Civil Veterinary Department. Central Provinces & Berar 1925-31 - 1925-1931
Year: 1925
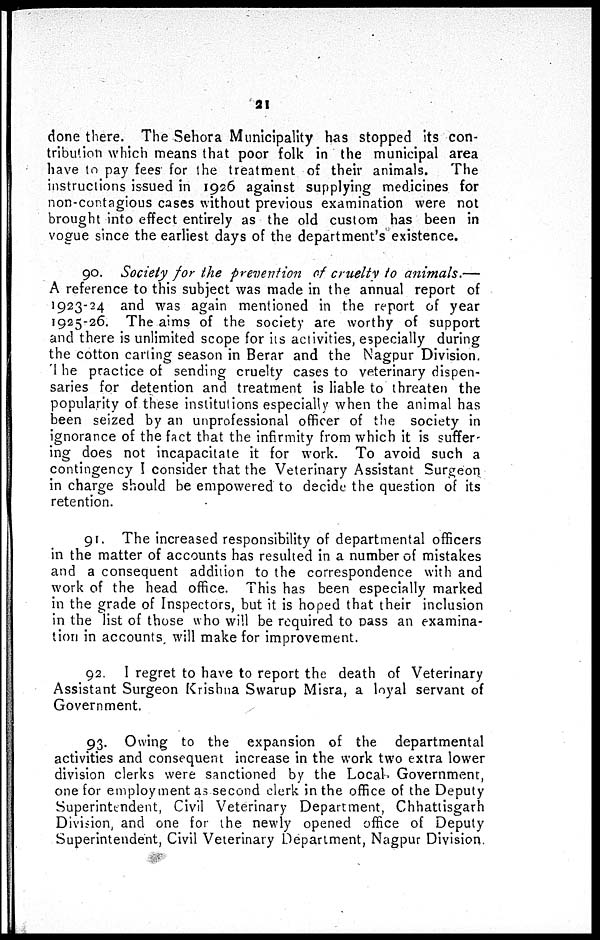
21
done there. The Sehora Municipality has stopped its con-
tribution which means that poor folk in the municipal area
have to pay fees' for the treatment of their animals. The
instructions issued in 1926 against supplying medicines for
non-contagious cases without previous examination were not
brought into effect entirely as the old custom has been in
vogue since the earliest days of the department's existence.
90. Society for the prevention of cruelty to animals.—
A reference to this subject was made in the annual report of
1923-24 and was again mentioned in the report of year
1925-26. The aims of the society are worthy of support
and there is unlimited scope for its activities, especially during
the cotton carting season in Berar and the Nagpur Division.
The practice of sending cruelty cases to veterinary dispen-
saries for detention and treatment is liable to threaten the
popularity of these institutions especially when the animal has
been seized by an unprofessional officer of the society in
ignorance of the fact that the infirmity from which it is suffer-
ing does not incapacitate it for work. To avoid such a
contingency I consider that the Veterinary Assistant Surgeon
in charge should be empowered to decide the question of its
retention.
91. The increased responsibility of departmental officers
in the matter of accounts has resulted in a number of mistakes
and a consequent addition to the correspondence with and
work of the head office. This has been especially marked
in the grade of Inspectors, but it is hoped that their inclusion
in the list of those who will be required to pass an examina-
tion in accounts will make for improvement.
92. I regret to have to report the death of Veterinary
Assistant Surgeon Krishna Swarup Misra, a loyal servant of
Government.
93. Owing to the expansion of the departmental
activities and consequent increase in the work two extra lower
division clerks were sanctioned by the Local Government,
one for employment as second clerk in the office of the Deputy
Superintendent, Civil Veterinary Department, Chhattisgarh
Division, and one for the newly opened office of Deputy
Superintendent, Civil Veterinary Department, Nagpur Division.